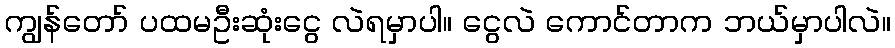
ကျွန်တော် ပထမဦးဆုံးငွေ လဲရမှာပါ။ ငွေလဲ ကောင်တာက ဘယ်မှာပါလဲ။